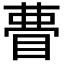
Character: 𭿃